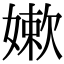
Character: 嫰